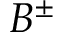
B ^ { \pm }